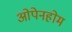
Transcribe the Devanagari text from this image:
ओपेनहोम